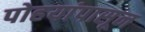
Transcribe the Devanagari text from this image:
पोहयांपासून